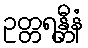
ဥတ္တရန္တီနံ